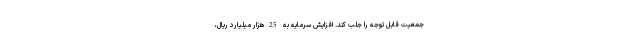
جمعیت قابل توجه را جلب کند. افزایش سرمایه به 25هزار میلیارد ریال،